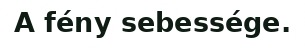
A fény sebessége.